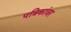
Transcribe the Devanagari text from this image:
पत्रिकांवर